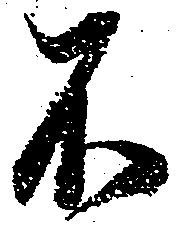
不